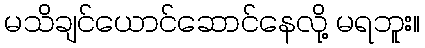
မသိချင်ယောင်ဆောင်နေလို့ မရဘူး။